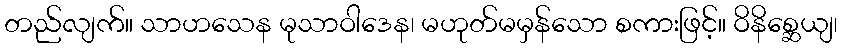
တည်လျက်။ သာဟသေန မုသာဝါဒေန၊ မဟုတ်မမှန်သော စကားဖြင့်။ ဝိနိစ္ဆေယျ၊